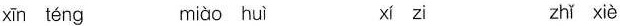
xīn téng miào huì xí zi zhǐ xiè